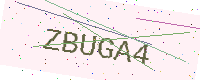
Text: ZBUGA4